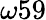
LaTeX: \omega 59